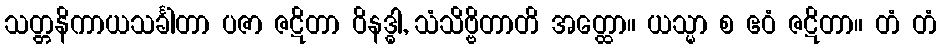
သတ္တနိကာယသင်္ခါတာ ပဇာ ဇဋိတာ ဝိနဒ္ဓါ, သံသိဗ္ဗိတာတိ အတ္ထော။ ယသ္မာ စ ဧဝံ ဇဋိတာ။ တံ တံ